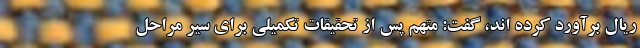
ریال برآورد کرده اند، گفت: متهم پس از تحقیقات تکمیلی برای سیر مراحل